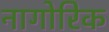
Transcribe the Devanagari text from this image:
नागोरिक